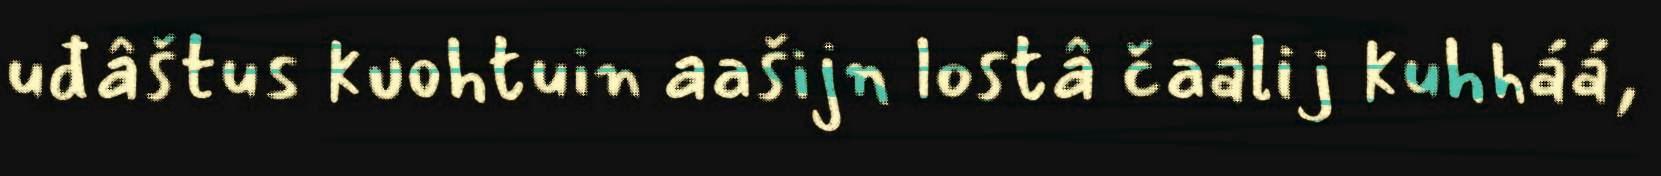
uđâštus kuohtuin aašijn lostâ čaalij kuhháá,